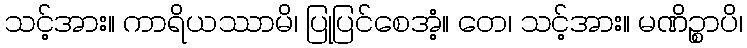
သင့်အား။ ကာရိယဿာမိ၊ ပြုပြင်စေအံ့။ တေ၊ သင့်အား။ မဏိဉ္စာပိ၊